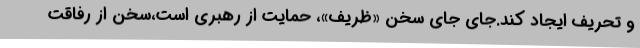
و تحریف ایجاد کند.جای جای سخن «ظریف»، حمایت از رهبری است،سخن از رفاقت